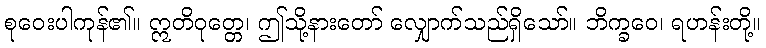
စုဝေးပါကုန်၏။ ဣတိဝုတ္တေ၊ ဤသို့နားတော် လျှောက်သည်ရှိသော်။ ဘိက္ခဝေ၊ ရဟန်းတို့။